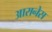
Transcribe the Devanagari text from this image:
आरानेस